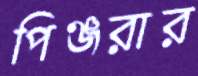
পিঞ্জরার